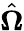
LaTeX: \hat{\mathbf{\Omega}}